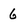
Character: 6